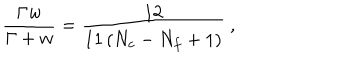
\frac { \Gamma w } { \Gamma + w } = \frac { 1 2 } { 1 1 \left( N _ { c } - N _ { f } + 1 \right) } \ ,